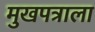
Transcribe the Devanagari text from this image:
मुखपत्राला